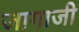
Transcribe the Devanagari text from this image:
जागाजी